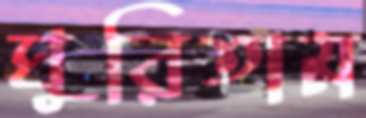
ঘুরিতাম